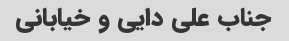
جناب علی دایی و خیابانی